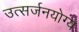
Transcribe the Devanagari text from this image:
उत्सर्जनयोग्य